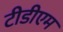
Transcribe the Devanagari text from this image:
टीडीएम